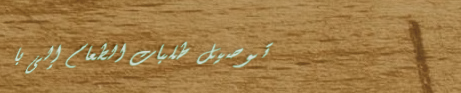
توصيل طلبات الطعام إلى با